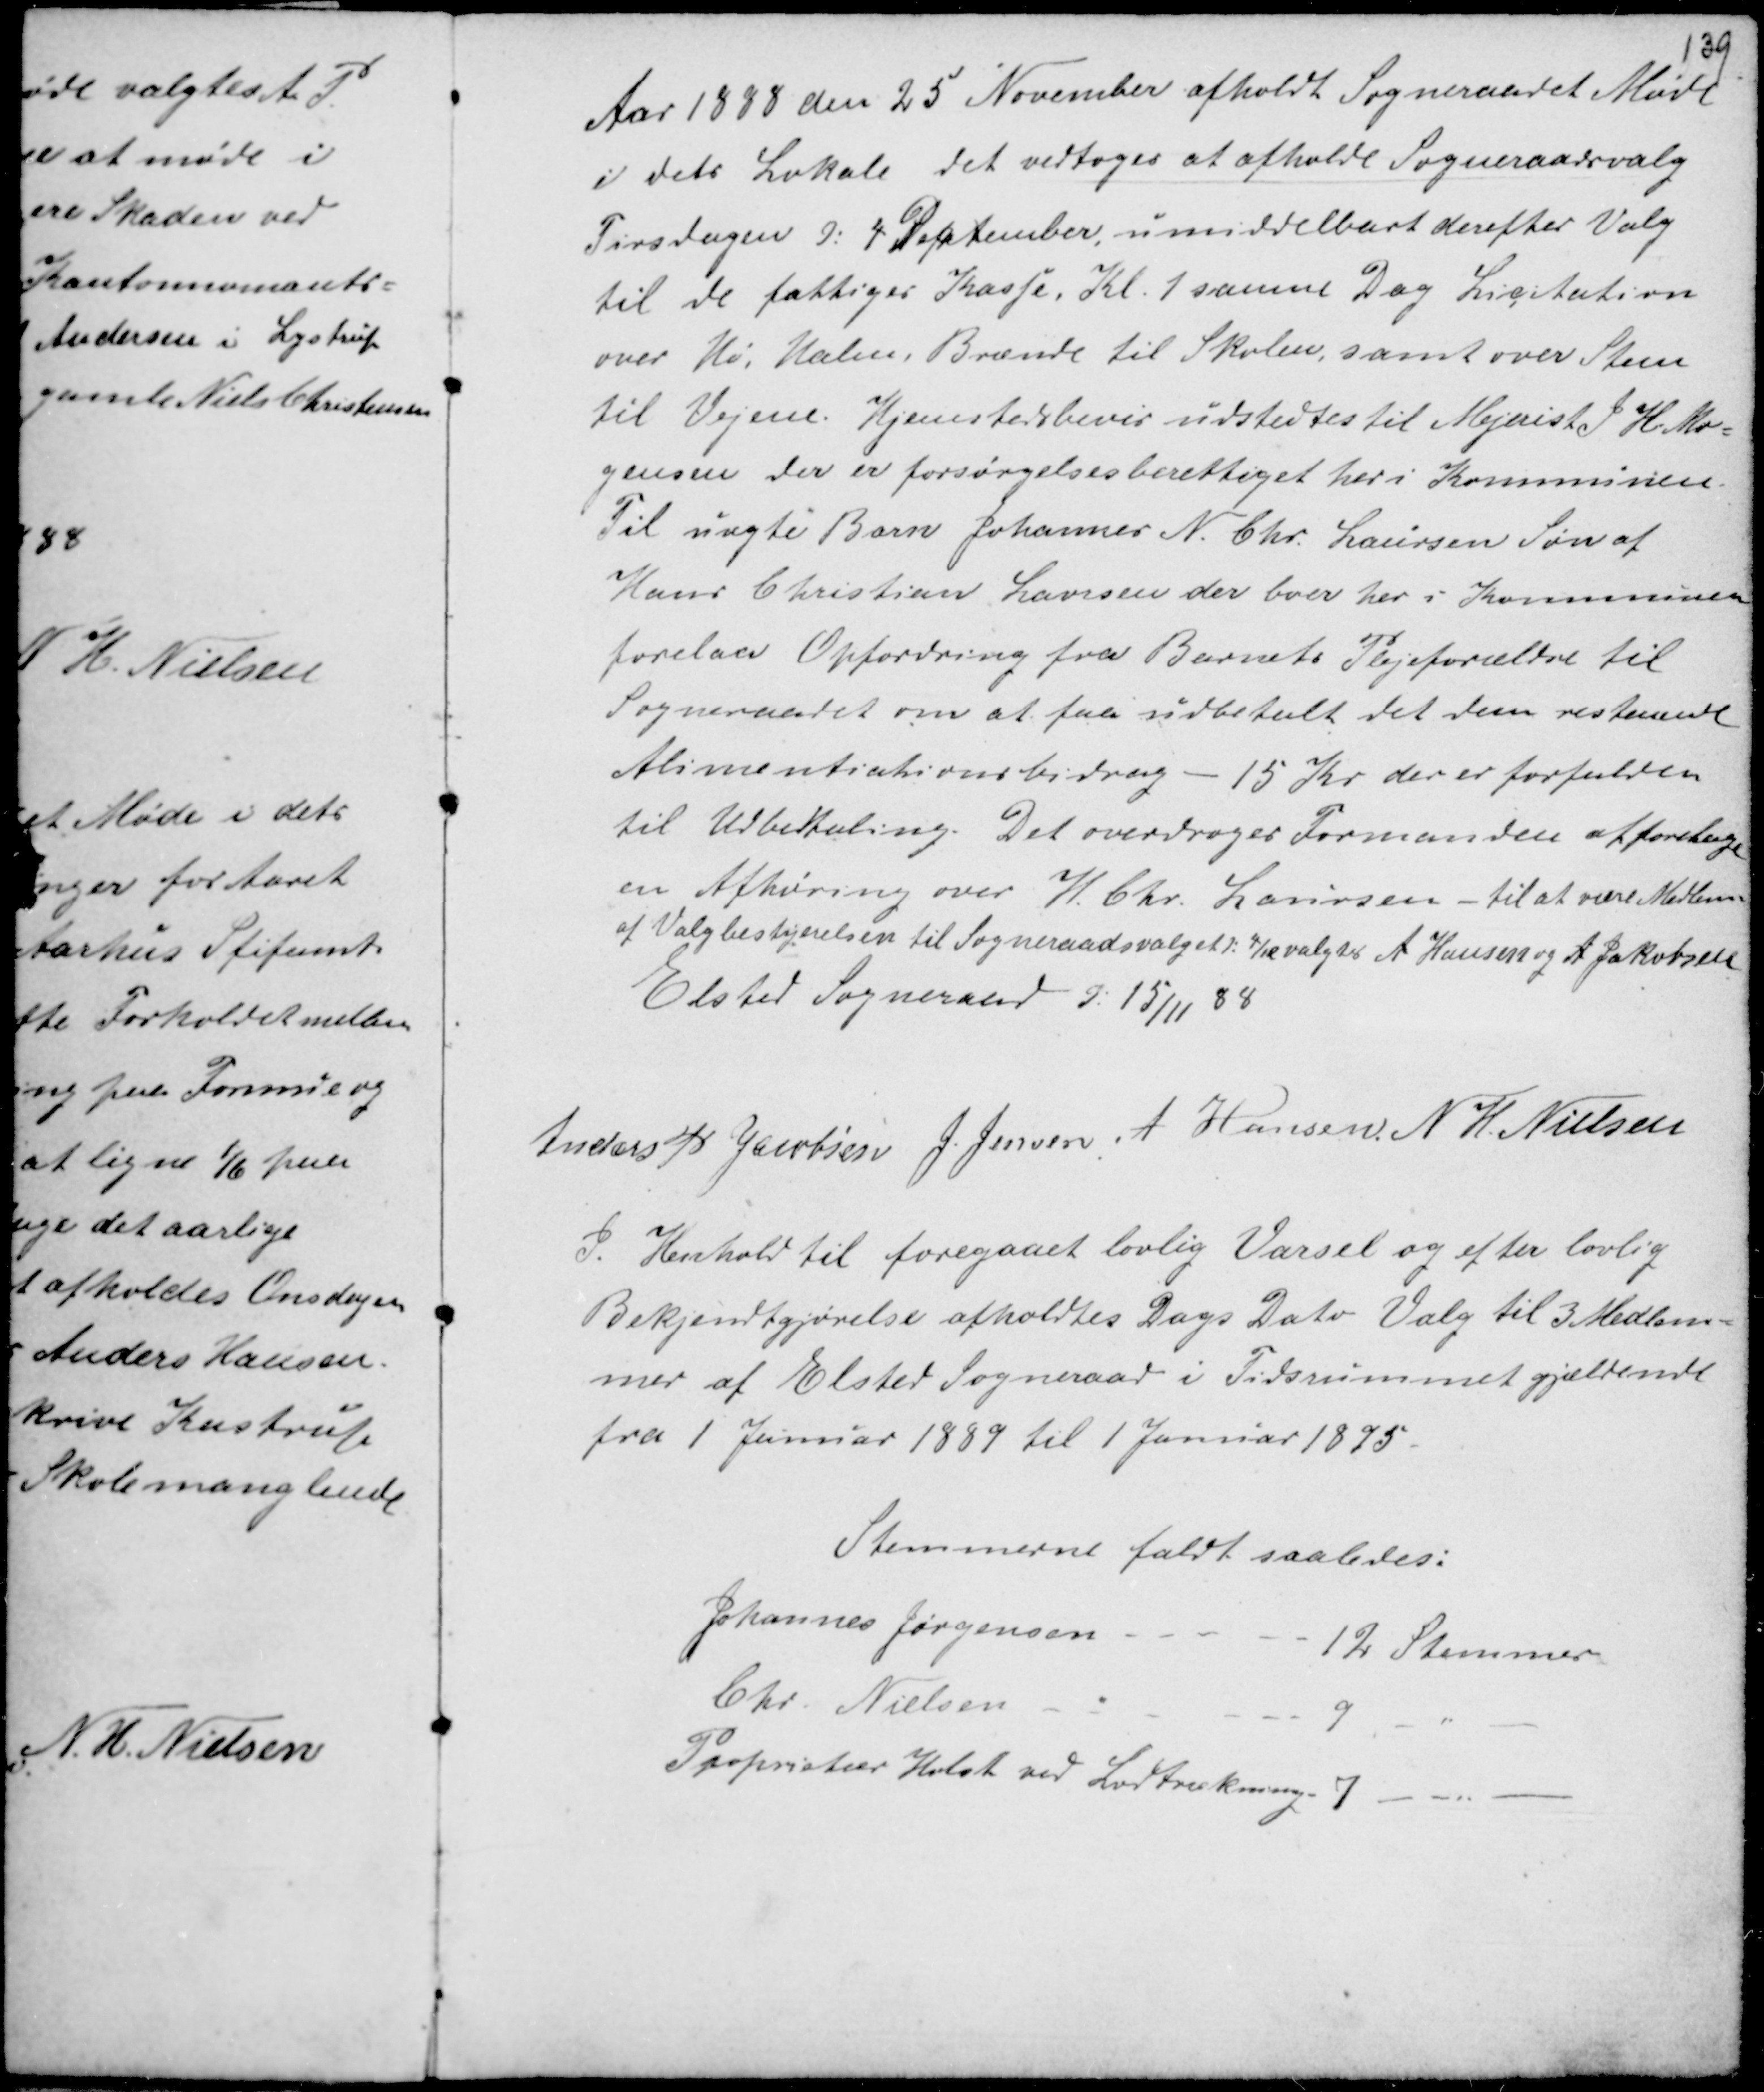
Transskription:
Aar 1888 den 25 November afholdt Sogneraadet Møde
i dets Lokale det vedtoges at afholdte Sogneraadsvalg
Tirsdagen d. 4 Dectember, umiddelbart derefter Valg
til de fattiges Kasse. Kl. 1 samme Dag Licitation
over Hø, Halm, Brænde til Skolen samt over Steen
til Vejene. Hjemstedsbevis udstedtes til Mejerist S H. Mo-
gensen der er forsørgelsesberettiget her i Kommunen.
Til uægte Barn Johannes N. Chr. Laursen Søn af
Hans Christian Laursen der boer her i Kommunen
forelaa Opfordring fra Barnets Plejeforældre til
Sogneraadet om at faa udbetalt det dem resterende
Alimentationsbidrag - 15 Kr. der er forfalden
til Udbetaling. Det overdroges Formanden at foretage
en Afhøring over H. Chr. Laursen - til at være Medlem
af Valgbestyrelsen til Sogneraadsvalget d. 4/12 valgtes A Hansen og A Jakobsen
Elsted Sogneraad d. 15/11 88.

Anders Jacobsen J. Jensen A Hansen N H. Nielsen
I Henhold til foregaaet lovlig Varsel og efter lovlig
Bekjendtgjørelse afholdtes Dags Dato Valg til 3 Medlem-
mer af Elsted Sogneraad i Tidsrummet gjældende
fra 1 Januar 1889 til 1 Januar 1895.

Stemmerne faldt saaledes:
Johannes Jørgensen - - - -
- 12 Stemmer
Chr. Nielsen - - - - - -
9 - " -
Proprietær Holst ved Lodtrækning
7 - - " -